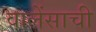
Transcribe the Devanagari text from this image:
वालेंसाची